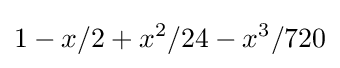
1-x/2+x^{2}/24-x^{3}/720